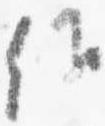
候